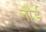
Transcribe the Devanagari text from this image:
नौर्ड